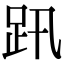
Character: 𧿅